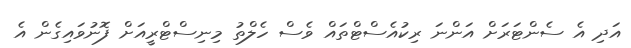
އަދި އެ ސެންޓަރަށް އަންނަ ރިކުއެސްޓްތައް ވެސް ހެލްތު މިނިސްޓްރީއަށް ފޮނުވައިގެން އެ